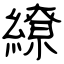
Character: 繚